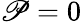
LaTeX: \mathscr{P}=0